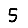
Digit: 5